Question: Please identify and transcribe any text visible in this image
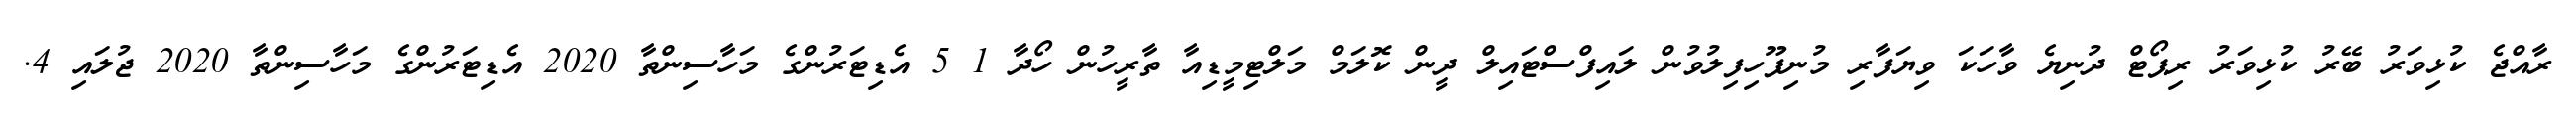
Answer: ރާއްޖެ ކުޅިވަރު ބޭރު ކުޅިވަރު ރިޕޯޓް ދުނިޔެ ވާހަކަ ވިޔަފާރި މުނިފޫހިފިލުވުން ލައިފްސްޓައިލް ދީން ކޮލަމް މަލްޓިމީޑިއާ ތާރީހުން ހޯދާ 1 5 އެޑިޓަރުންގެ މަހާސިންތާ 2020 އެޑިޓަރުންގެ މަހާސިންތާ 2020 ޖުލައި 4.